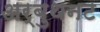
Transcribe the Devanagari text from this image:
अर्बुथनट